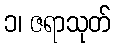
၁၊ ဇရာသုတ်